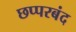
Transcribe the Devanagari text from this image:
छप्परबंद